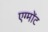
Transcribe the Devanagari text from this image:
एग्मोंट